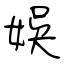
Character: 娛